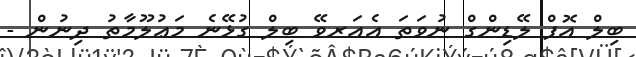
ބިލް އޮފް ލޭޑިންގް ނުވަތަ އެއަރވޭ ބިލް ގުޅޭނެ މަޢުލޫމާތު ދިނުން -